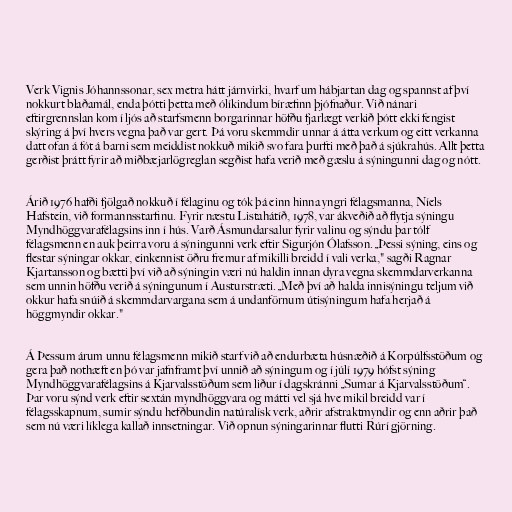
Verk Vignis Jóhannssonar, sex metra hátt járnvirki, hvarf um hábjartan dag og spannst af því
nokkurt blaðamál, enda þótti þetta með ólíkindum bíræfinn þjófnaður. Við nánari
eftirgrennslan kom í ljós að starfsmenn borgarinnar höfðu fjarlægt verkið þótt ekki fengist
skýring á því hvers vegna það var gert. Þá voru skemmdir unnar á átta verkum og eitt verkanna
datt ofan á fót á barni sem meiddist nokkuð mikið svo fara þurfti með það á sjúkrahús. Allt þetta
gerðist þrátt fyrir að miðbæjarlögreglan segðist hafa verið með gæslu á sýningunni dag og nótt.

Árið 1976 hafði fjölgað nokkuð í félaginu og tók þá einn hinna yngri félagsmanna, Níels
Hafstein, við formannsstarfinu. Fyrir næstu Listahátíð, 1978, var ákveðið að flytja sýningu
Myndhöggvarafélagsins inn í hús. Varð Ásmundarsalur fyrir valinu og sýndu þar tólf
félagsmenn en auk þeirra voru á sýningunni verk eftir Sigurjón Ólafsson. „Þessi sýning, eins og
flestar sýningar okkar, einkennist öðru fremur af mikilli breidd í vali verka," sagði Ragnar
Kjartansson og bætti því við að sýningin væri nú haldin innan dyra vegna skemmdarverkanna
sem unnin höfðu verið á sýningunum í Austurstræti. „Með því að halda innisýningu teljum við
okkur hafa snúið á skemmdarvargana sem á undanförnum útisýningum hafa herjað á
höggmyndir okkar."

Á Þessum árum unnu félagsmenn mikið starf við að endurbæta húsnæðið á Korpúlfsstöðum og
gera það nothæft en þó var jafnframt því unnið að sýningum og í júlí 1979 hófst sýning
Myndhöggvarafélagsins á Kjarvalsstöðum sem liður í dagskránni „Sumar á Kjarvalsstöðum“.
Þar voru sýnd verk eftir sextán myndhöggvara og mátti vel sjá hve mikil breidd var í
félagsskapnum, sumir sýndu hefðbundin natúralísk verk, aðrir afstraktmyndir og enn aðrir það
sem nú væri líklega kallað innsetningar. Við opnun sýningarinnar flutti Rúrí gjörning.